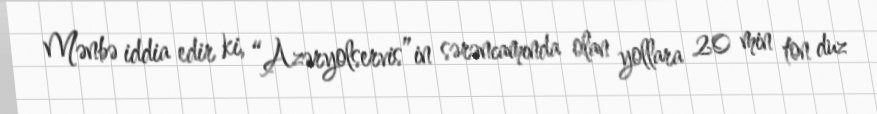
Mənbə iddia edir ki, “Azəryolservis”in sərəncamında olan yollara 20 min ton duz